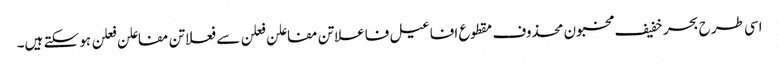
اسی طرح بحر خفیف مخبون محذوف مقطوع افاعیل فاعلاتن مفاعلن فعلن سے فعلاتن مفاعلن فعلن ہو سکتے ہیں۔